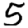
Digit: 5